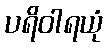
ပရိဝါရယုံ